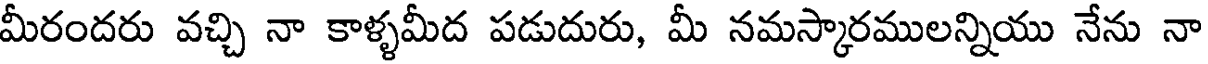
మీరందరు వచ్చి నా కాళ్ళమీద పడుదురు, మీ నమస్కారములన్నియు నేను నా